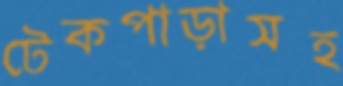
টেকপাড়াসহ